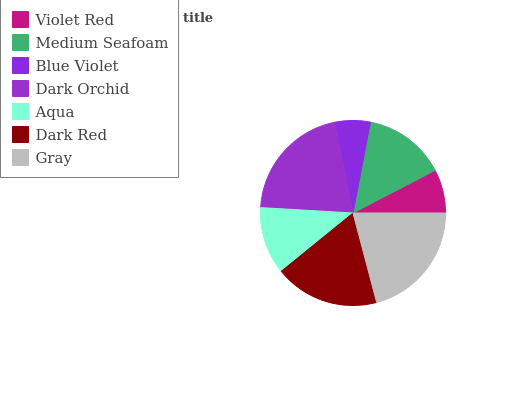
| Violet Red | Medium Seafoam | Blue Violet | Dark Orchid | Aqua | Dark Red | Gray |
 | --- | --- | --- | --- | --- | --- | --- |
 | 7.62% | 14.4% | 6.22% | 20.9% | 11.8% | 18.3% | 20.9% |